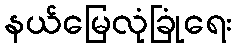
နယ်မြေလုံခြုံရေး